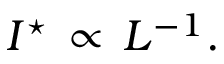
I ^ { \star } \, \propto \, L ^ { - 1 } .